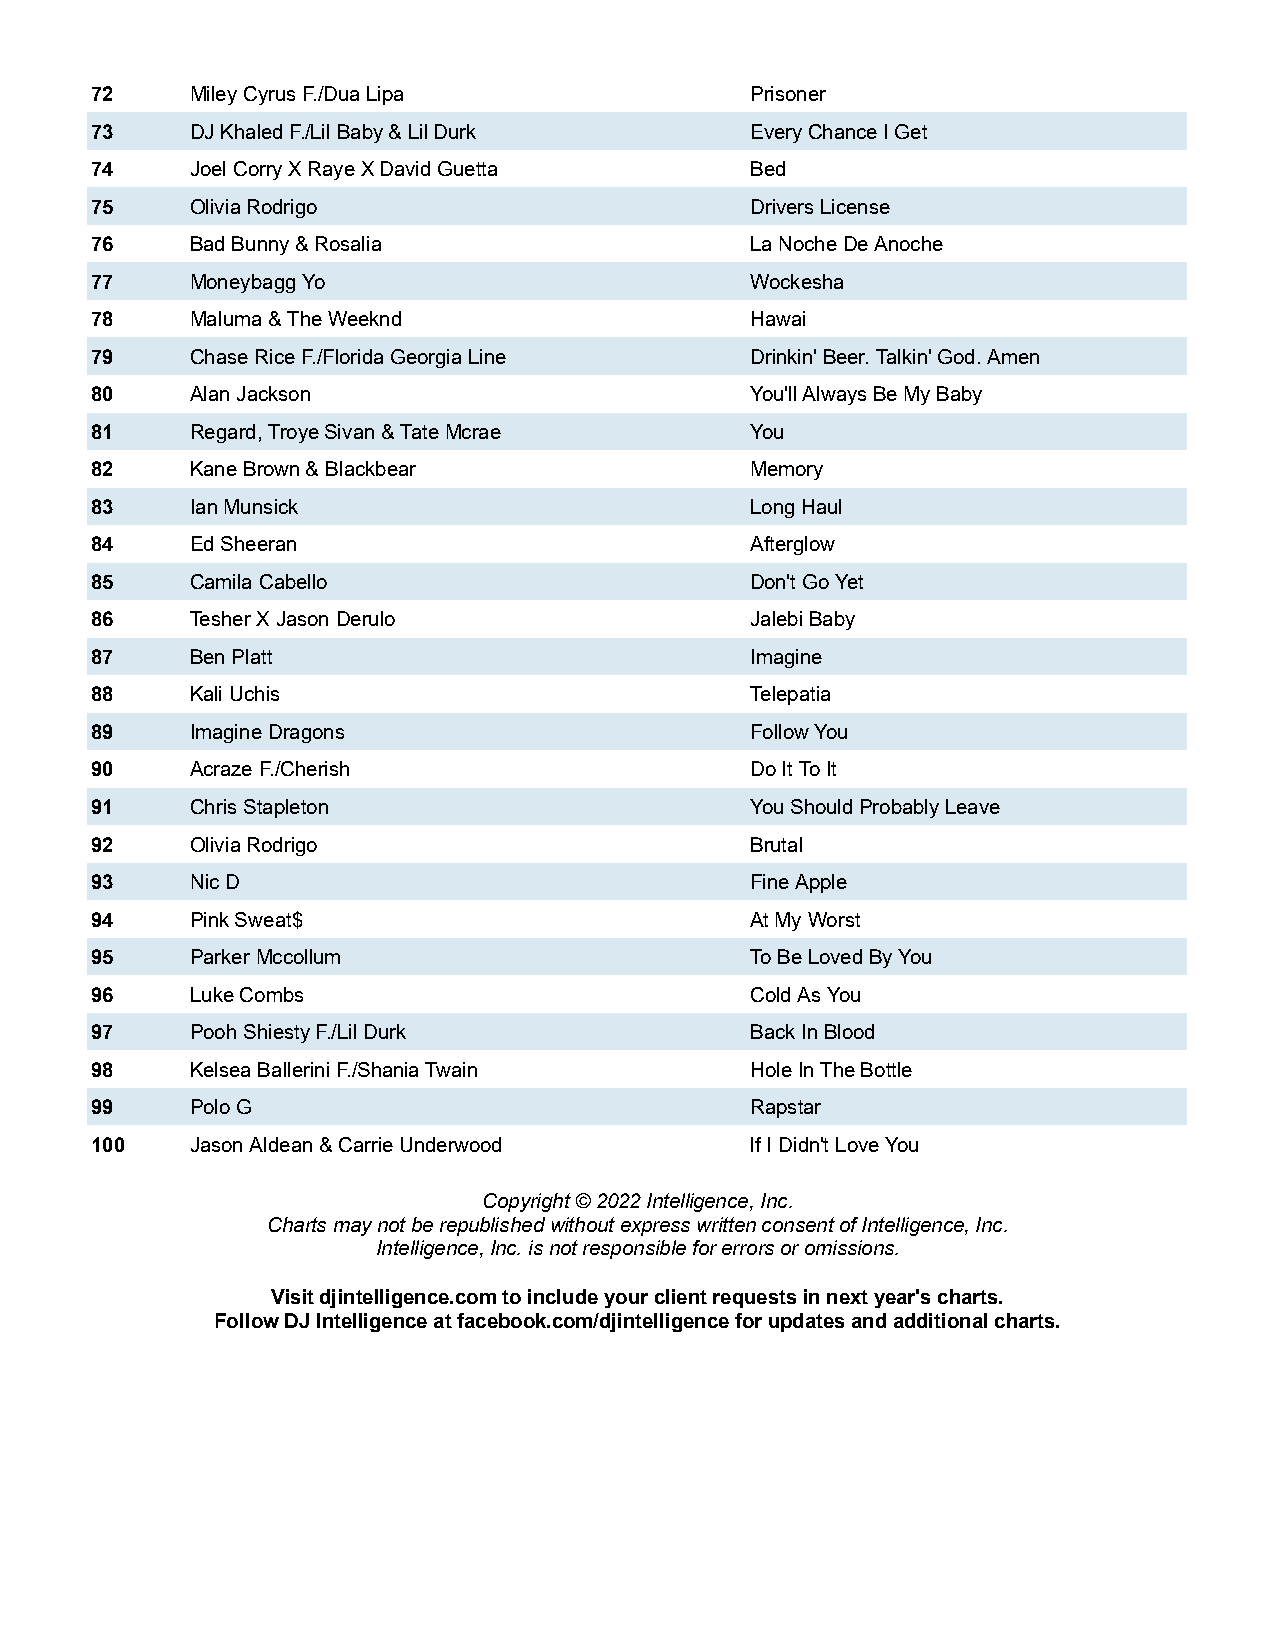
72     Miley Cyrus F./Dua Lipa              Prisoner
 73     DJ Khaled F./Lil Baby & Lil Durk     Every Chance I Get
 74     Joel Corry X Raye X David Guetta     Bed
 75     Olivia Rodrigo                       Drivers License
 76     Bad Bunny & Rosalia                  La Noche De Anoche
 77     Moneybagg Yo                         Wockesha
 78     Maluma & The Weeknd                  Hawai
 79     Chase Rice F./Florida Georgia Line   Drinkin' Beer. Talkin' God. Amen
 80     Alan Jackson                         You'll Always Be My Baby
 81     Regard, Troye Sivan & Tate Mcrae     You
 82     Kane Brown & Blackbear               Memory
 83     Ian Munsick                          Long Haul
 84     Ed Sheeran                           Afterglow
 85     Camila Cabello                       Don't Go Yet
 86     Tesher X Jason Derulo                Jalebi Baby
 87     Ben Platt                            Imagine
 88     Kali Uchis                           Telepatia
 89     Imagine Dragons                      Follow You
 90     Acraze F./Cherish                    Do It To It
 91     Chris Stapleton                      You Should Probably Leave
 92     Olivia Rodrigo                       Brutal
 93     Nic D                                Fine Apple
 94     Pink Sweat$                          At My Worst
 95     Parker Mccollum                      To Be Loved By You
 96     Luke Combs                           Cold As You
 97     Pooh Shiesty F./Lil Durk             Back In Blood
 98     Kelsea Ballerini F./Shania Twain     Hole In The Bottle
 99     Polo G                               Rapstar
 100    Jason Aldean & Carrie Underwood      If I Didn't Love You
 Copyright © 2022 Intelligence, Inc.
 Charts may not be republished without express written consent of Intelligence, Inc.
 Intelligence, Inc. is not responsible for errors or omissions.
 Visit djintelligence.com to include your client requests in next year's charts.
 Follow DJ Intelligence at facebook.com/djintelligence for updates and additional charts.